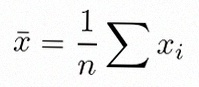
\bar{x}=\frac1n\sum x_i